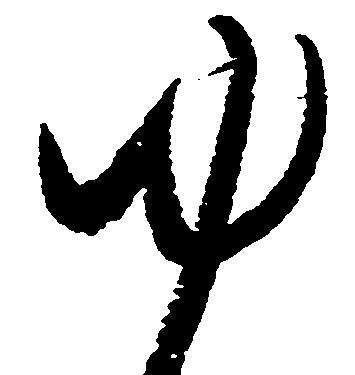
ゆ